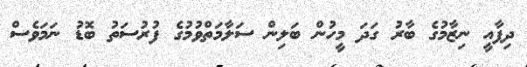
ދިފާއީ ނިޒާމުގެ ބާރު ގަދަ މީހުން ބަލިން ސަލާމަތްވުމުގެ ފުރުސަތު ބޮޑު ނަމަވެސް